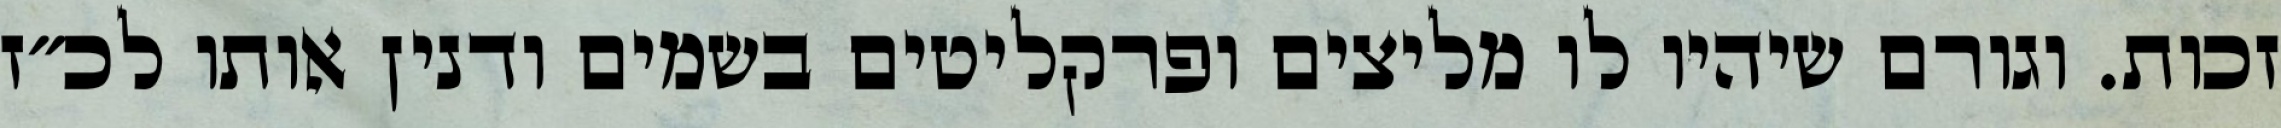
זכות. וגורם שיהיו לו מליצים ופרקליטים בשמים ודנין אותו לכ״ז